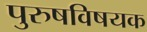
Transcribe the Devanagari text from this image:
पुरुषविषयक